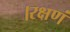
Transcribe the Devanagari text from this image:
।रक्षणं